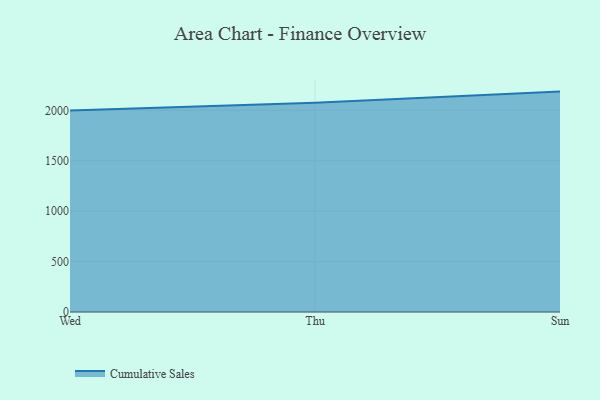
{"axis": {"x": "Day", "y": "Budget (USD K)"}, "legend": ["Cumulative Sales"], "data": [{"x": "Wed", "y": 1998.5, "type": "Cumulative Sales"}, {"x": "Thu", "y": 2073.7, "type": "Cumulative Sales"}, {"x": "Sun", "y": 2185.4, "type": "Cumulative Sales"}]}